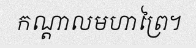
កណ្តាលមហាព្រៃ។